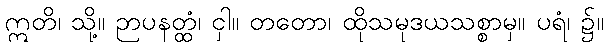
ဣတိ၊ သို့။ ဉာပနတ္ထံ၊ ငှါ။ တတော၊ ထိုသမုဒယသစ္စာမှ။ ပရံ၊ ၌။